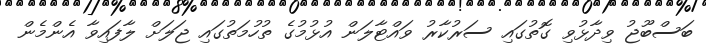
ބަސްބޫޖު ވިދާޅުވި ގޮތުގައި ސަރުކާރު ވައްޓާލަން އުޅުމުގެ ތުހުމަތުގައި ޖަލަށް ލާފައިވާ އެންމެން